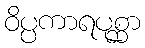
ဝိပ္ပကာရပုစ္ဆာ